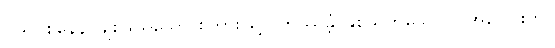
ပိယဝစနေန၊ ချစ်ဖွယ်သော စကားဖြင့်။ တုဿန္တံ၊ နှစ်သက်သော လူအပေါင်းကို။